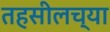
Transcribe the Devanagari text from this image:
तहसीलच्या